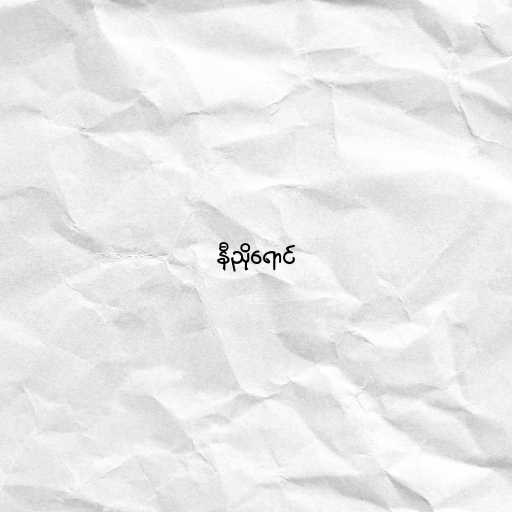
နီညိုရောင်